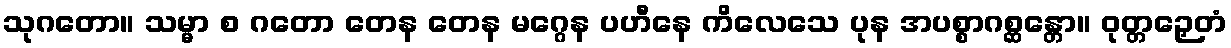
သုဂတော။ သမ္မာ စ ဂတော တေန တေန မဂ္ဂေန ပဟီနေ ကိလေသေ ပုန အပစ္စာဂစ္ဆန္တော။ ဝုတ္တဉှေတံ